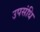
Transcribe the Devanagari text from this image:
उपसंधि